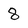
Character: 8